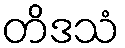
တိဒသံ